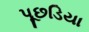
પૂછડિયા